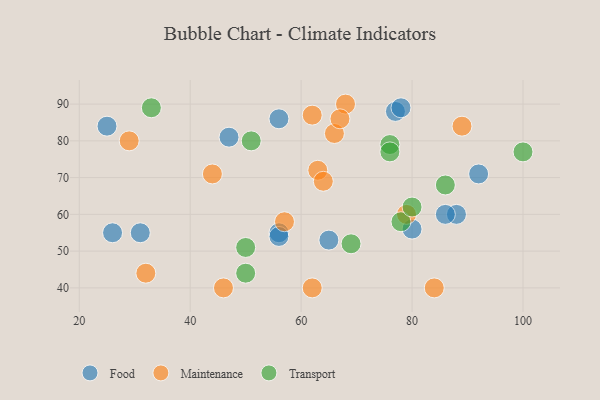
{"axis": {"x": "GDP", "y": "Life Expectancy"}, "legend": ["Food", "Maintenance", "Transport"], "data": [{"x": "92", "y": 71, "type": "Food"}, {"x": "80", "y": 56, "type": "Food"}, {"x": "47", "y": 81, "type": "Food"}, {"x": "25", "y": 84, "type": "Food"}, {"x": "77", "y": 88, "type": "Food"}, {"x": "56", "y": 86, "type": "Food"}, {"x": "31", "y": 55, "type": "Food"}, {"x": "88", "y": 60, "type": "Food"}, {"x": "78", "y": 89, "type": "Food"}, {"x": "56", "y": 55, "type": "Food"}, {"x": "65", "y": 53, "type": "Food"}, {"x": "86", "y": 60, "type": "Food"}, {"x": "56", "y": 54, "type": "Food"}, {"x": "26", "y": 55, "type": "Food"}, {"x": "29", "y": 80, "type": "Maintenance"}, {"x": "84", "y": 40, "type": "Maintenance"}, {"x": "32", "y": 44, "type": "Maintenance"}, {"x": "62", "y": 87, "type": "Maintenance"}, {"x": "63", "y": 72, "type": "Maintenance"}, {"x": "79", "y": 60, "type": "Maintenance"}, {"x": "57", "y": 58, "type": "Maintenance"}, {"x": "44", "y": 71, "type": "Maintenance"}, {"x": "89", "y": 84, "type": "Maintenance"}, {"x": "68", "y": 90, "type": "Maintenance"}, {"x": "46", "y": 40, "type": "Maintenance"}, {"x": "62", "y": 40, "type": "Maintenance"}, {"x": "64", "y": 69, "type": "Maintenance"}, {"x": "66", "y": 82, "type": "Maintenance"}, {"x": "67", "y": 86, "type": "Maintenance"}, {"x": "69", "y": 52, "type": "Transport"}, {"x": "78", "y": 58, "type": "Transport"}, {"x": "50", "y": 44, "type": "Transport"}, {"x": "51", "y": 80, "type": "Transport"}, {"x": "80", "y": 62, "type": "Transport"}, {"x": "76", "y": 79, "type": "Transport"}, {"x": "100", "y": 77, "type": "Transport"}, {"x": "86", "y": 68, "type": "Transport"}, {"x": "50", "y": 51, "type": "Transport"}, {"x": "33", "y": 89, "type": "Transport"}, {"x": "76", "y": 77, "type": "Transport"}]}